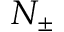
N _ { \pm }